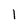
Character: 1